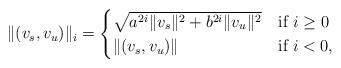
LaTeX: \begin{align*}\Vert (v_{s},v_{u})\Vert_{i}= \begin{cases} \sqrt{a^{2i}\Vert v_{s}\Vert^{2}+b^{2i}\Vert v_{u}\Vert^{2}}& \mbox{if }i\geq0 \\ \Vert (v_{s},v_{u})\Vert& \mbox{if }i<0, \\ \end{cases}\end{align*}